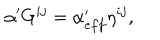
\alpha ^ { \prime } G ^ { i j } = \alpha _ { e f f } ^ { \prime } \eta ^ { i j } ,